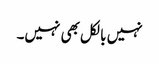
نہیں بالکل بھی نہیں۔